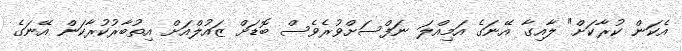
އެކަން ކުރާކަށް" ލާއިގާ އޭނަގެ އަމިއްލަ ނަފްސަށްވުރެވެސް ބޮޑަށް ޒައުލްއަށް އިތުބާރުކުރާކަން އޭނަގެ